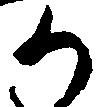
か